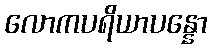
လောကပရိယာပန္နော